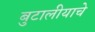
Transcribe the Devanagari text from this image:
बुटालीयाचे